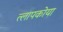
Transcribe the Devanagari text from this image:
त्लापकोया